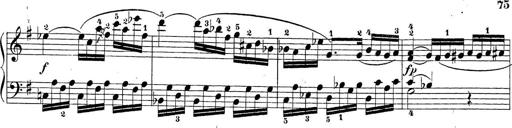
Title: Sonatina Album
Composer: Louis KÃ¶hler